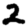
Digit: 2